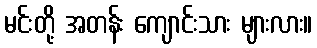
မင်းတို့ အတန်း ကျောင်းသား များလား။